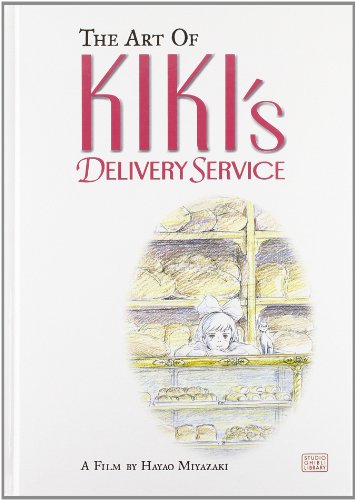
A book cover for The Art of Kiki's Delivery Service: A Film by Hayao Miyazaki; Hayao Miyazaki; Comics & Graphic Novels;